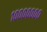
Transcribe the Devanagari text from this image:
१०००००००